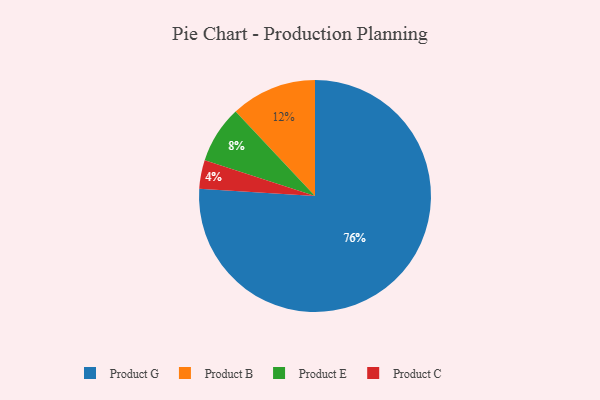
{"axis": {"x": "Category", "y": "Percentage"}, "legend": ["Product B", "Product C", "Product E", "Product G"], "data": [{"x": "Product C", "y": 4, "type": "Product C"}, {"x": "Product E", "y": 8, "type": "Product E"}, {"x": "Product G", "y": 76, "type": "Product G"}, {"x": "Product B", "y": 12, "type": "Product B"}]}